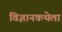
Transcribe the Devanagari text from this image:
विज्ञानकथेला